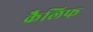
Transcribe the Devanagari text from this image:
कैलिफ